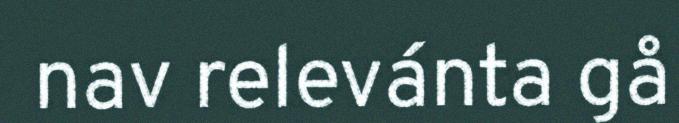
nav relevánta gå